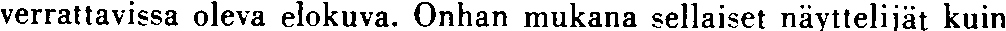
verrattavissa oleva elokuva. Onhan mukana sellaiset näyttelijät kuin